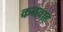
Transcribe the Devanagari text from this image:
कनवाह